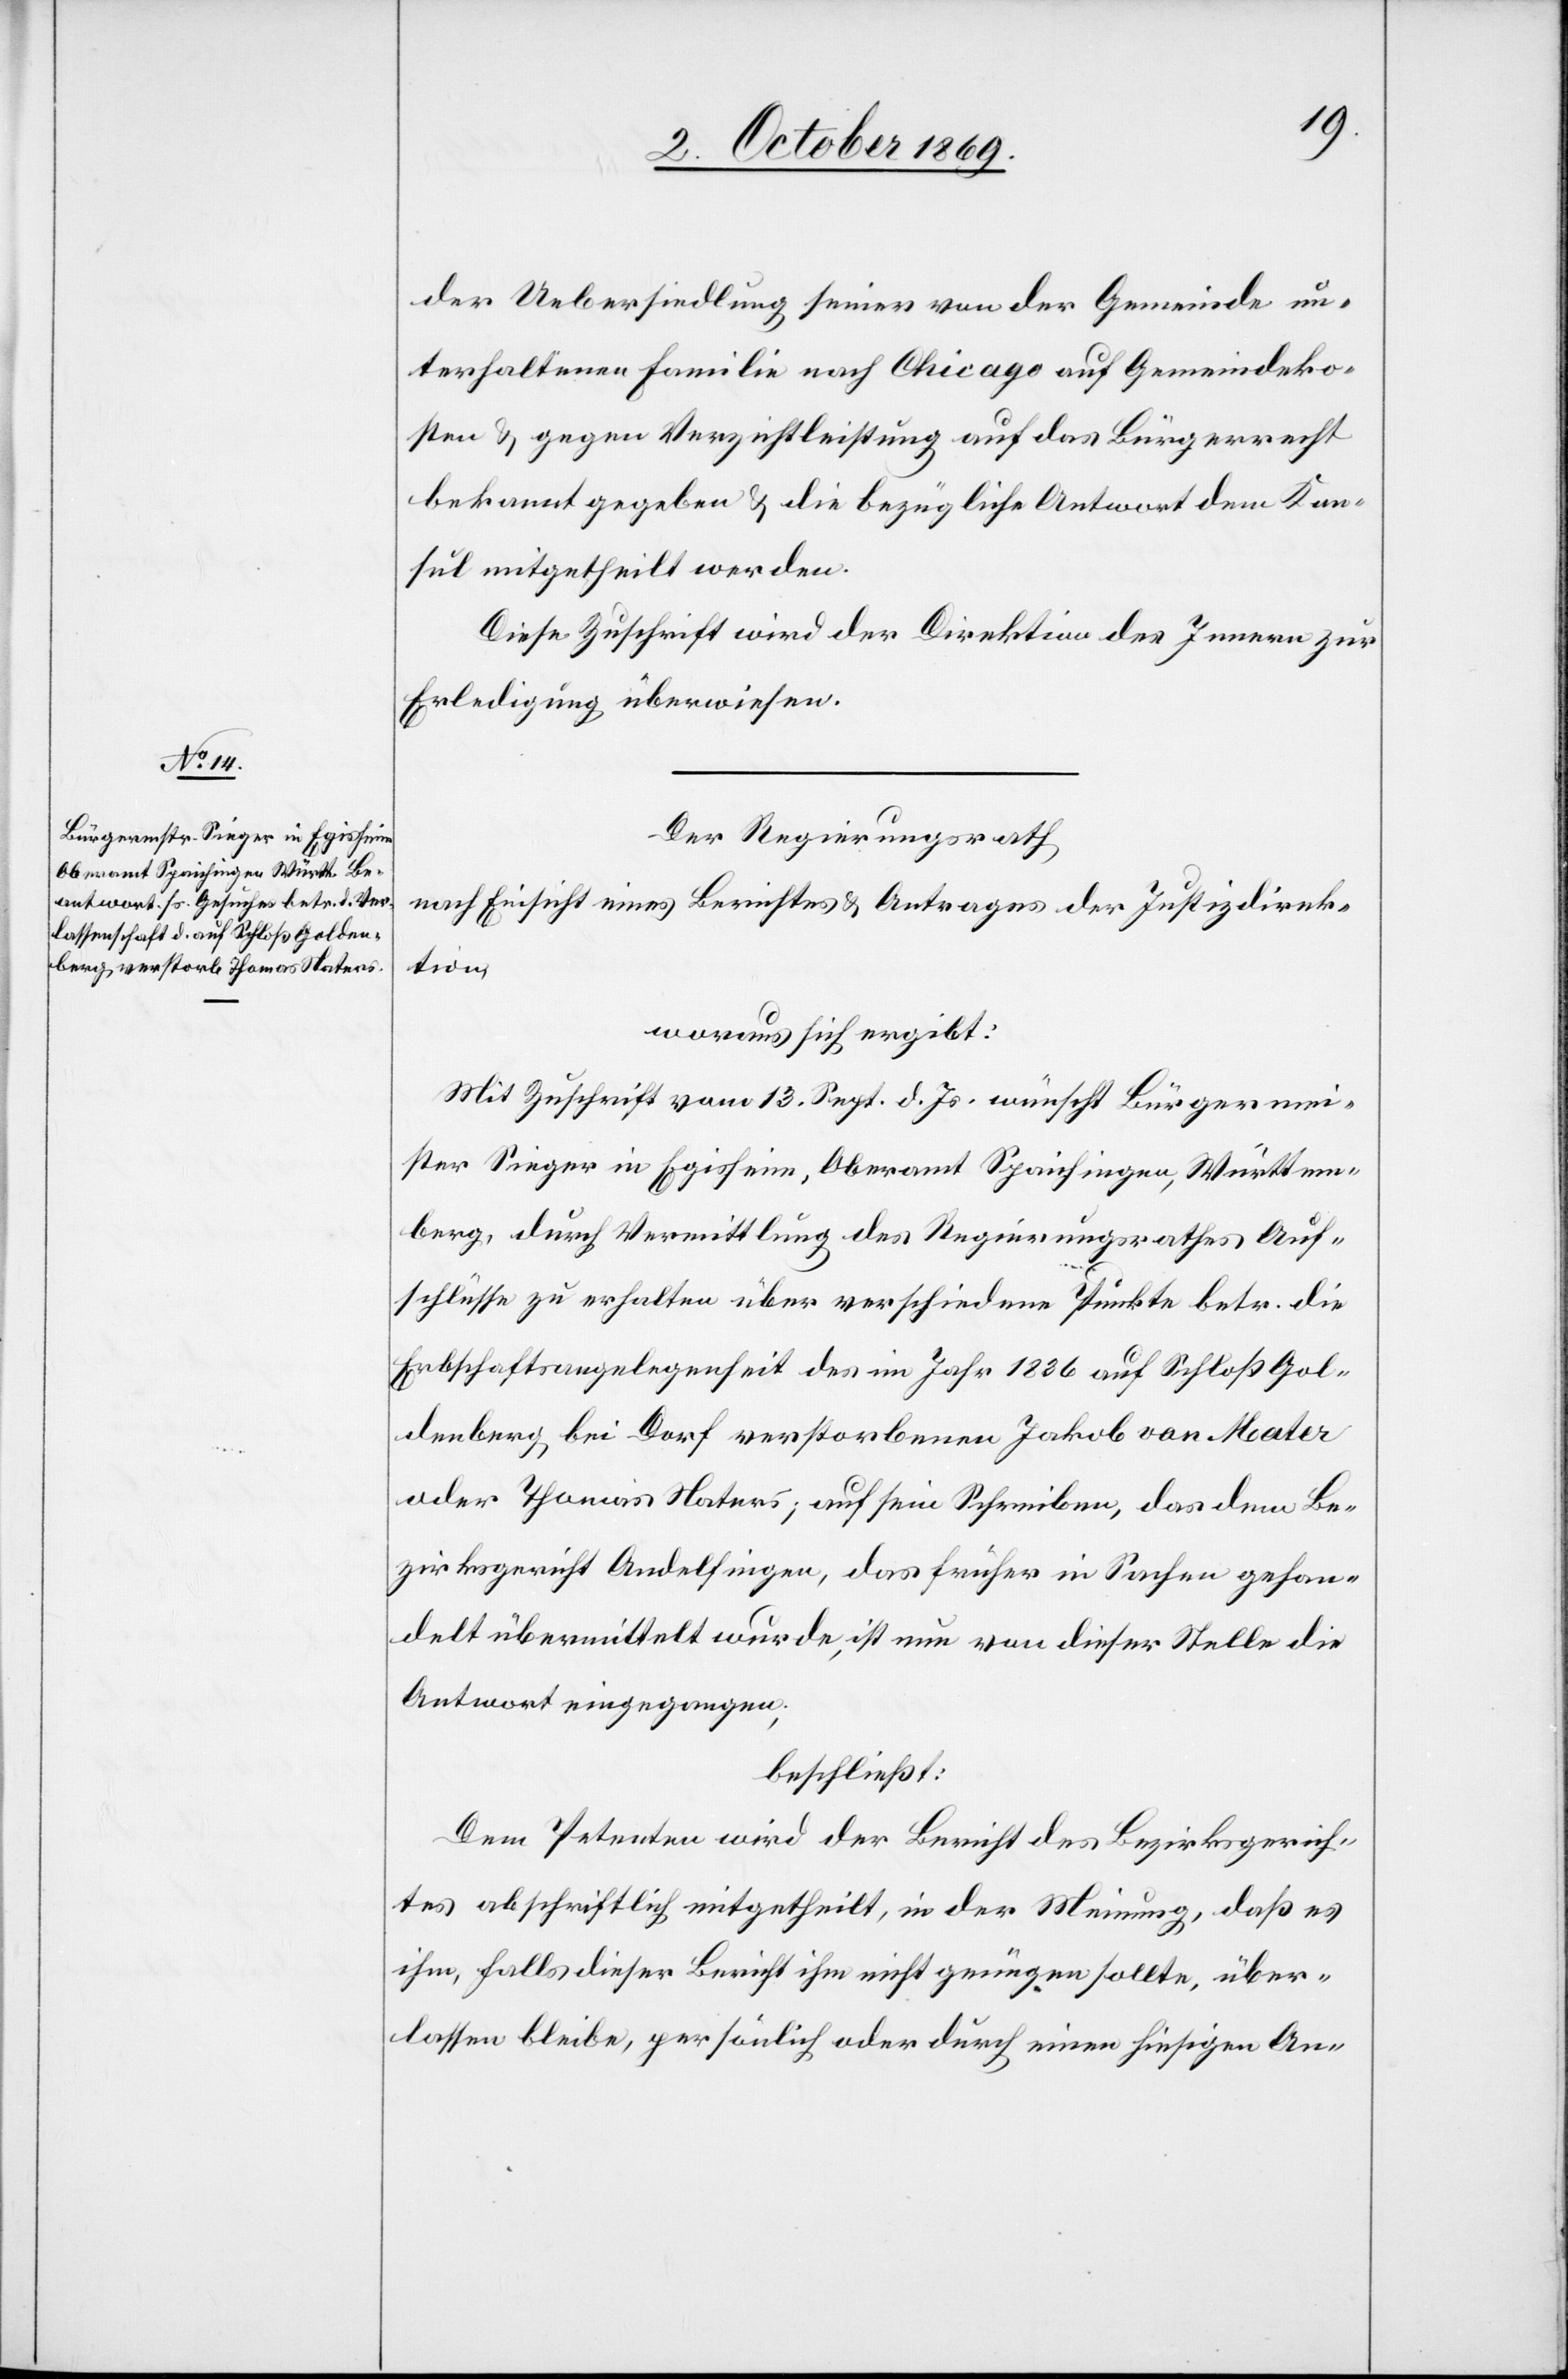
der Uebersiedlung seiner von der Gemeinde un¬
terhaltenen Familie nach Chicago auf Gemeindeko¬
sten & gegen Verzichtleistung auf das Bürgerrecht
bekannt gegeben & die bezügliche Antwort dem Kon¬
sul mitgetheilt werden.
Diese Zuschrift wird der Direktion des Innern zur
Erledigung überwiesen.
Der Regierungsrath
nach Einsicht eines Berichtes & Antrages der Justizdirek¬
tion,
woraus sich ergibt:
Mit Zuschrift vom 13. Sept. d. Js. wünscht Bürgermei¬
ster Sieger in Egisheim, Oberamt Spaichingen, Württem¬
berg, durch Vermittlung des Regierungsrathes Auf¬
schlüsse zu erhalten über verschiedene Punkte betr. die
Erbschaftsangelegenheit des im Jahr 1836 auf Schloß Gol¬
denberg bei Dorf verstorbenen Jakob van Mater
oder Thomas Naters; auf sein Schreiben, das dem Be¬
zirksgericht Andelfingen, das früher in Sachen gehan¬
delt übermittelt wurde, ist nun von dieser Stelle die
Antwort eingegangen;
beschließt:
Dem Petenten wird der Bericht des Bezirksgerich¬
tes abschriftlich mitgetheilt, in der Meinung, daß es
ihm, falls dieser Bericht ihm nicht genügen sollte, über¬
lassen bleibe, persönlich oder durch einen hiesigen An-